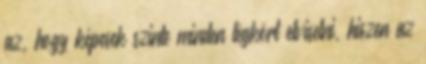
az, hogy képesek szinte minden légkört elviselni, hiszen az